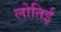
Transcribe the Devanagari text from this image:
लोतिई